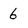
Character: 6